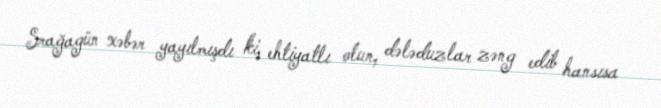
Srağagün xəbər yayılmışdı ki, ehtiyatlı olun, dələduzlar zəng edib hansısa